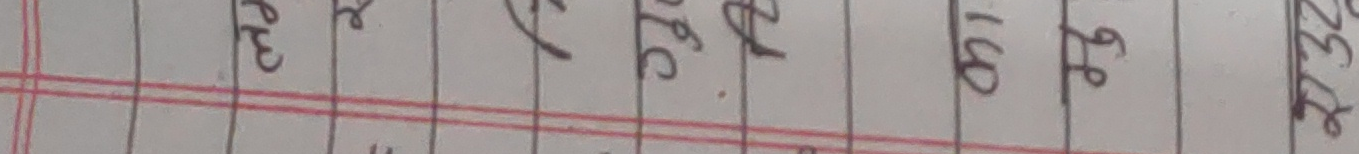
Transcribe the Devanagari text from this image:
प्र.म. ३७८ १६० ३९ १३३